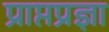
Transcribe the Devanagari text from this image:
प्राप्तप्रज्ञा